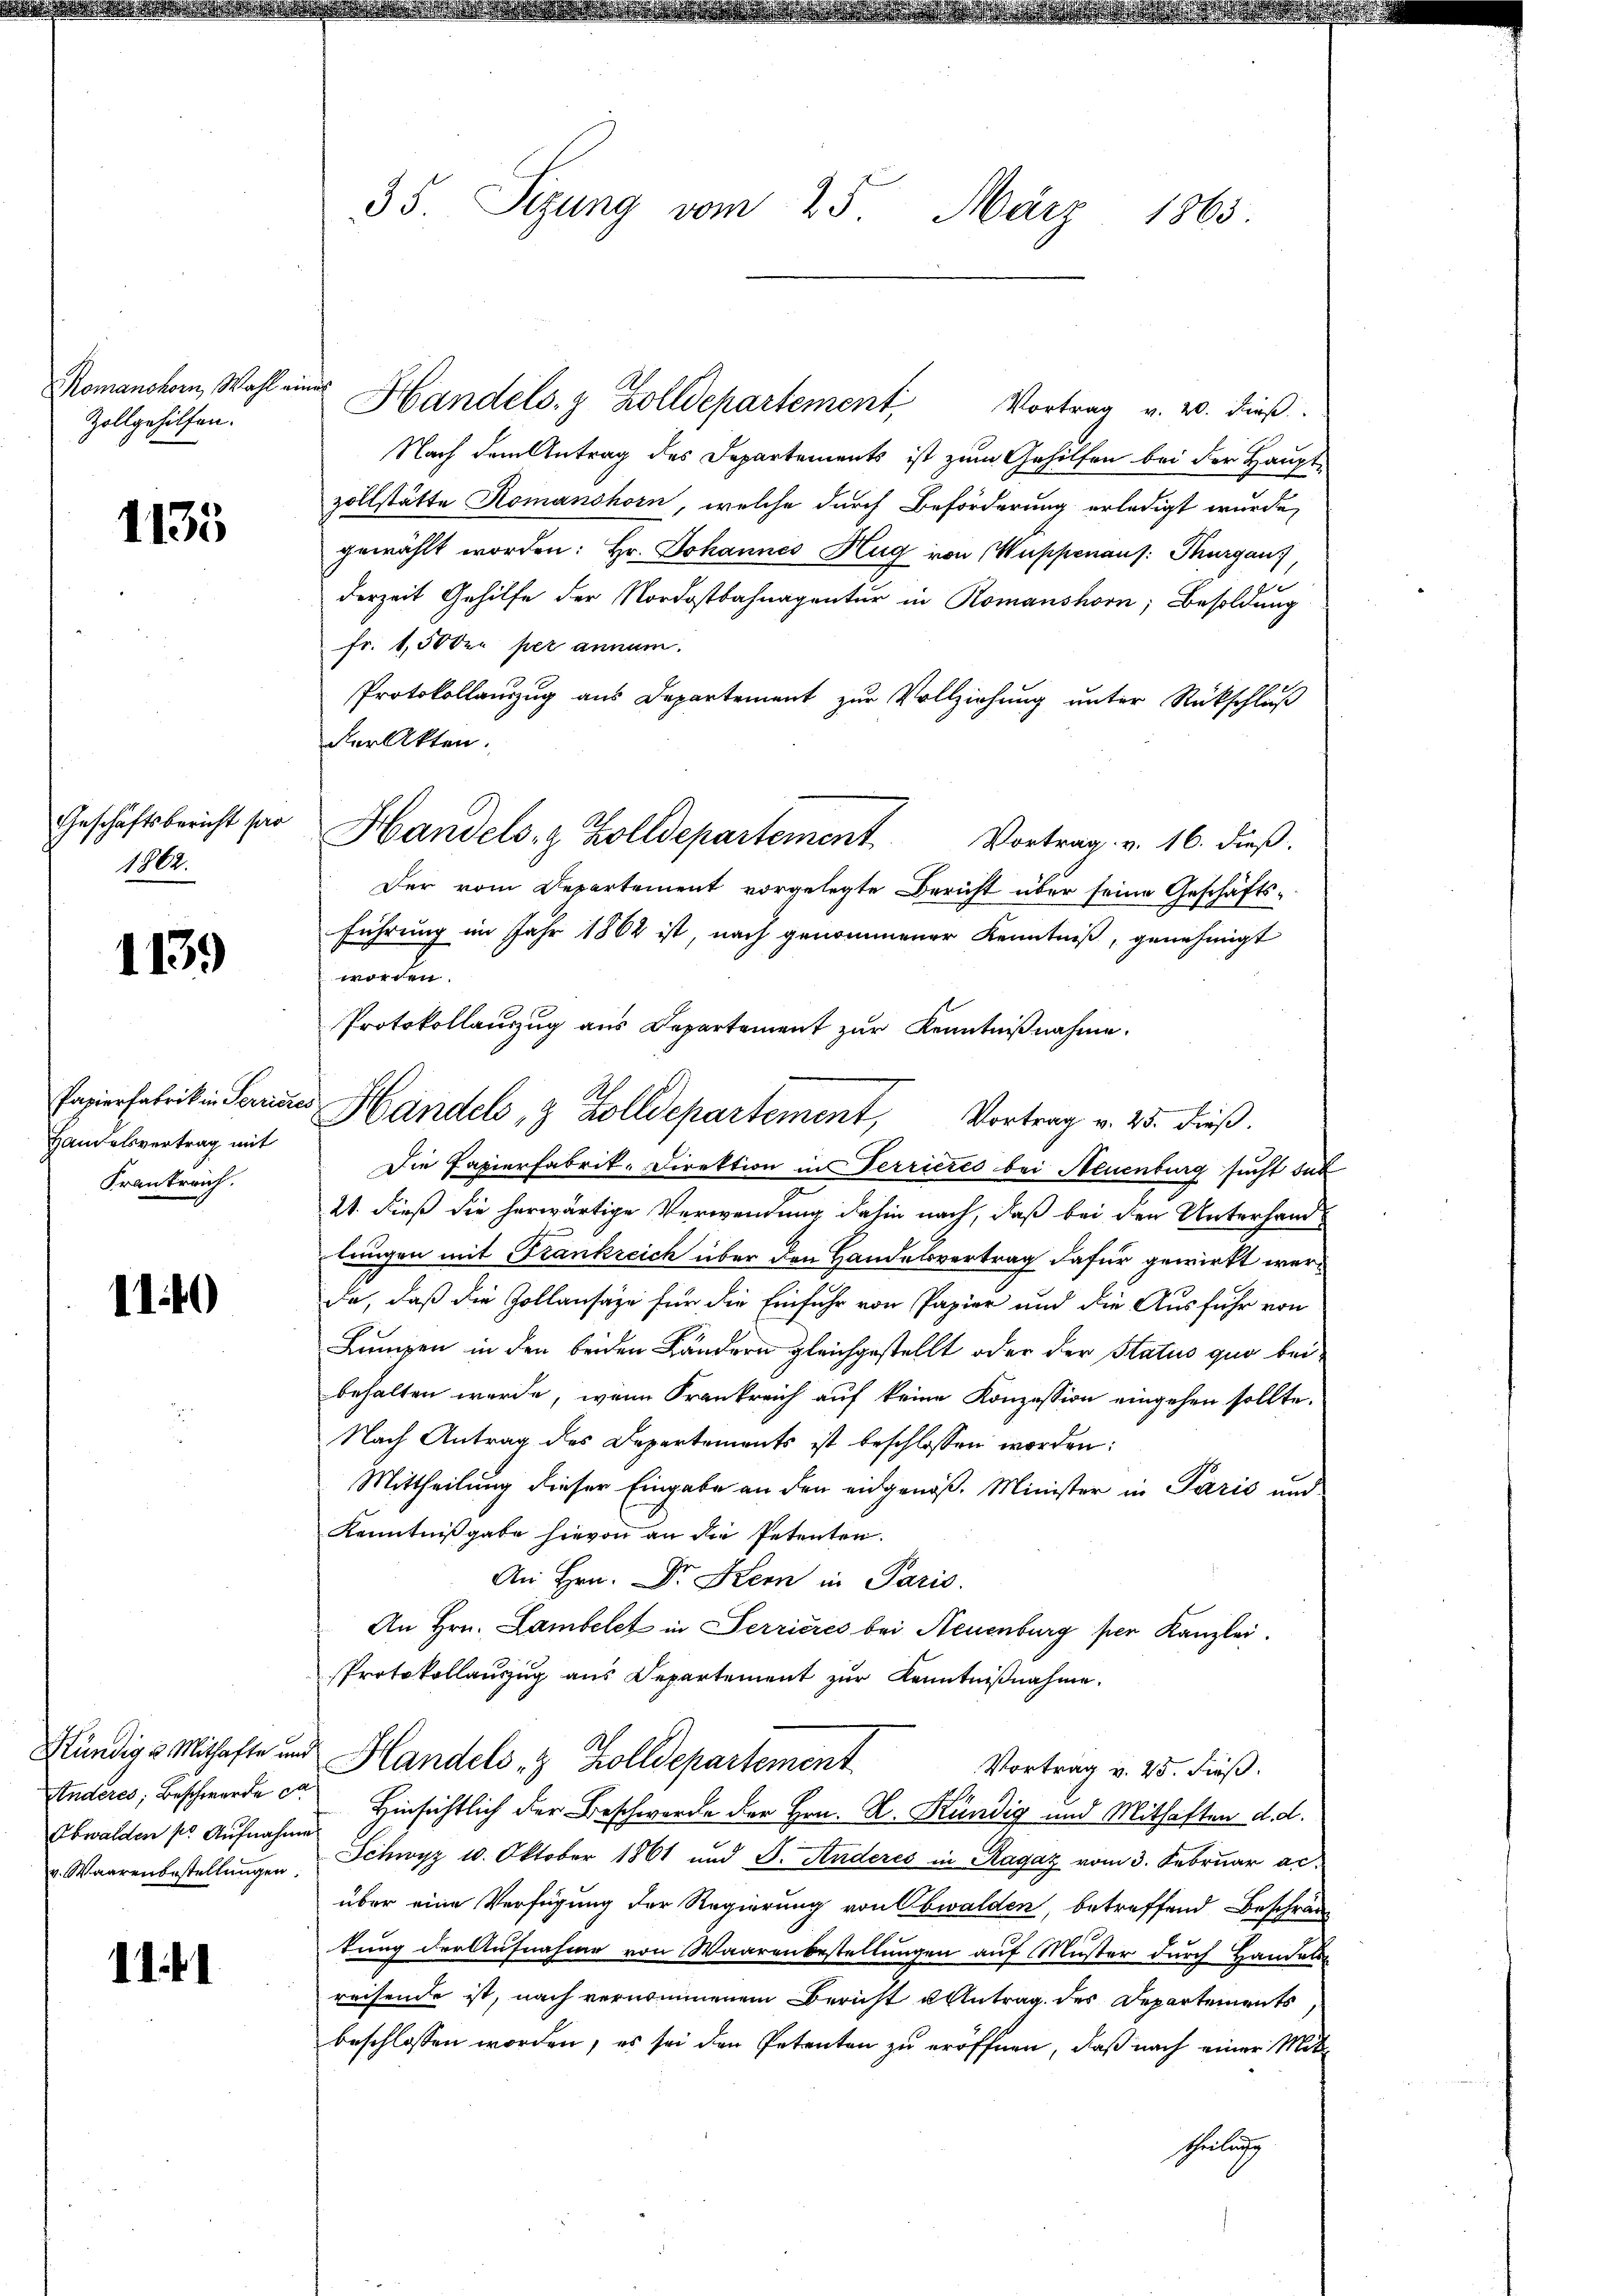
Romanchorn, Wahl an
Zollgehilfen.

1135

Geschäftsbericht par
1802.

1139

Papierfabrik in Serric
Handelsvertrag mit
Frankreich.

1140

Obwalden pr. Aufnahme
v. Waarenbestellungen.

111

35. Sizung vom 25. März 1863.

f
Handels- & Zolldepartement
Vortrag v. 20. dieß
Nach dem Antrag des Departements ist zum Gehilfen bei der Haupt-
zollstätte Komanshorn, welche durch Beförderung erledigt wurde,
gewählt worden: Hr. Johannes Hug von Wappenaus: Thurgau,
u
derzeit Gehilfe der Nordostbahnagentur in Romanshorn, Besoldung
fr. 1,50 der per annum.
Protokollanzug aus Departement zur Vollziehung unter Rückschluß
der Akten.
Handels- & Zolldepartement. Vortrag v. 16. dieß.
Der vom Departement vorgelegte Bericht über seine Geschäftsführung im Jahr 1862 ist, nach genommener Kenntniß, genehmigt
worden.
Protokollauszug aus Departement zur Kenntnißnahme.
Die Papierfabrik-Direktion in Terrieres bei Neuenburg sucht das
21. dieß die herwärtige Verwendung dahin nach, daß bei den Unterhandlungen mit Frankreich über den Handelsvertrag dafür gewirkt werda, daß die Zollansage für die Einfuhr von Papier und die Ausführ von
Lumpen in den beiden Ländern gleichgestellt oder der Status quo beibehalten werde, wenn Frankreich auf keine Konzession eingehen sollte.
Nach Antrag des Departements ist beschlossen worden:
Mittheilung dieser Eingabe an den eidgenöß. Minister in Paris und
Kenntnißgabe hievon an die Petenten.
An Hrn. Dr. Kern in Paris.
An Hrn. Lambelet in Terrieres bei Neuenburg per Kanzlei.
Protokollauszug aus Departement zur Kenntnißnahme.
Kündig & Mithafte und Handels- & Zolldepartement
Vortrag v. 25. dieß.
Anderes, Beschwerde der Hinsichtlich der Beschwerde der Hrn. K. Kündig und Mithaften d. d.
Schwyz 1. Oktober 1861 und S. Anderes in Ragaz vom 3. Februar ac
über eine Verfügung der Regierung von Obwalden, betreffend Beschrän-
kung der Aufnahme von Waarenbestellungen auf Muster durch Handels-
reisende ist, nach vernommenem Bericht u Antrag des Departements
beschlossen worden, es sei den Petenten zu eröffnen, daß nach einer Mit
Gelugg

u Handels- & Zolldepartement, Vortrag v. 25. dieß.